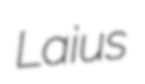
Laius